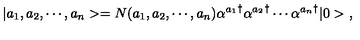
| a _ { 1 } , a _ { 2 } , \cdots , a _ { n } > = N ( a _ { 1 } , a _ { 2 } , \cdots , a _ { n } ) { \alpha ^ { a _ { 1 } } } ^ { \dagger } { \alpha ^ { a _ { 2 } } } ^ { \dagger } \cdots { \alpha ^ { a _ { n } } } ^ { \dagger } | 0 > \ ,